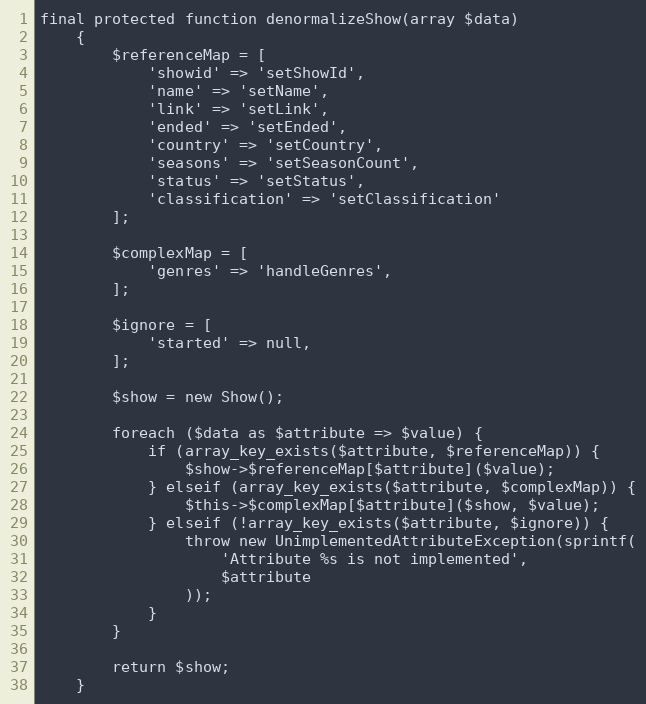
Language: PHP
final protected function denormalizeShow(array $data)
    {
        $referenceMap = [
            'showid' => 'setShowId',
            'name' => 'setName',
            'link' => 'setLink',
            'ended' => 'setEnded',
            'country' => 'setCountry',
            'seasons' => 'setSeasonCount',
            'status' => 'setStatus',
            'classification' => 'setClassification'
        ];

        $complexMap = [
            'genres' => 'handleGenres',
        ];

        $ignore = [
            'started' => null,
        ];

        $show = new Show();

        foreach ($data as $attribute => $value) {
            if (array_key_exists($attribute, $referenceMap)) {
                $show->$referenceMap[$attribute]($value);
            } elseif (array_key_exists($attribute, $complexMap)) {
                $this->$complexMap[$attribute]($show, $value);
            } elseif (!array_key_exists($attribute, $ignore)) {
                throw new UnimplementedAttributeException(sprintf(
                    'Attribute %s is not implemented',
                    $attribute
                ));
            }
        }

        return $show;
    }